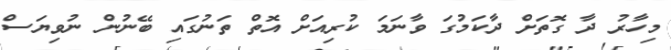
މިހާރު ދާ ގޮތަށް ދާކަމުގަ ވާނަމަ ކުރިއަށް އޮތް ތަނުގައި ބޭނުން ނުވިޔަސް